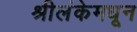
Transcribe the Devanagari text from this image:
श्रीलंकेमधून